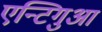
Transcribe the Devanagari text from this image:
एन्टिगुआ